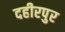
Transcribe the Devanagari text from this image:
दहीरपुर